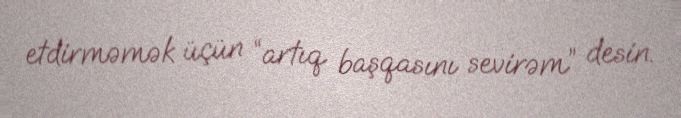
etdirməmək üçün “artıq başqasını sevirəm” desin.